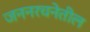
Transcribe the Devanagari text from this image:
जननरचनेतील